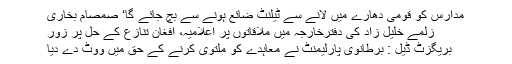
مدارس کو قومی دھارے میں لانے سے ٹیلنٹ ضائع ہونے سے بچ جائے گا‘ صمصام بخاری
زلمے خلیل زاد کی دفترخارجہ میں ملاقاتوں پر اعلامیہ، افغان تنازع کے حل پر زور
بریگزٹ ڈیل : برطانوی پارلیمنٹ نے معاہدے کو ملتوی کرنے کے حق میں ووٹ دے دیا